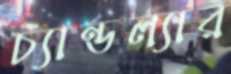
চ্যান্ডল্যার